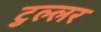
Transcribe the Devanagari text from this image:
टुल्लर